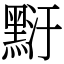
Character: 䵦